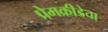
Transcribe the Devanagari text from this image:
प्रेमक्रीडेचा